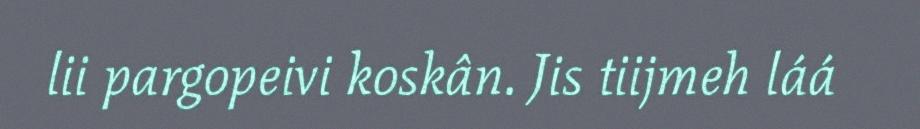
lii pargopeivi koskân. Jis tiijmeh láá